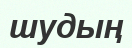
шудың